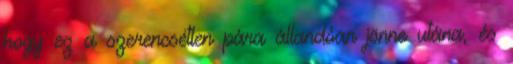
hogy ez a szerencsétlen pára állandóan jönne utána, és